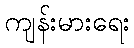
ကျန်းမားရေး